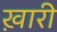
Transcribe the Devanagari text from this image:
ख़ारी